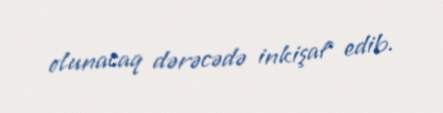
olunacaq dərəcədə inkişaf edib.